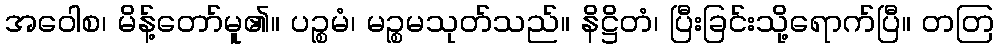
အဝေါစ၊ မိန့်တော်မူ၏။ ပဉ္စမံ၊ မဉ္စမသုတ်သည်။ နိဋ္ဌိတံ၊ ပြီးခြင်းသို့ရောက်ပြီ။ တတြ